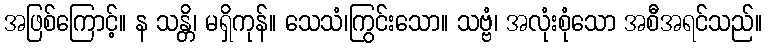
အဖြစ်ကြောင့်။ န သန္တိ၊ မရှိကုန်။ သေသံ၊ကြွင်းသော။ သဗ္ဗံ၊ အလုံးစုံသော အစီအရင်သည်။